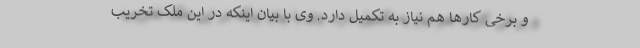
و برخی کارها هم نیاز به تکمیل دارد. وی با بیان اینکه در این ملک تخریب